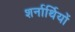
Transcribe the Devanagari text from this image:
शर्नार्थियों